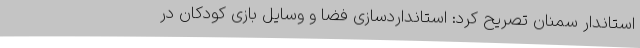
استاندار سمنان تصریح کرد: استانداردسازی فضا و وسایل بازی کودکان در